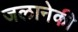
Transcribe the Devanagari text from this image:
जलानेकी